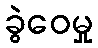
ခွဲဝေမှု